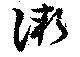
漸